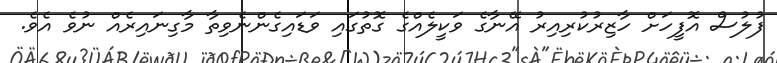
ފުލުސް އޮފީހަށް ހާޒިރުކުރިއިރު އޭނާގެ ވަކީލެއްގެ ގޮތުގައި ވަޑައިގެންނެވިތާ މާގިނައިރެއް ނުވެ އެވެ.